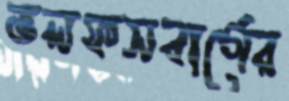
ভলফসবার্গের